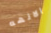
الالهه